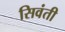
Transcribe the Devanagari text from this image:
सिवंती